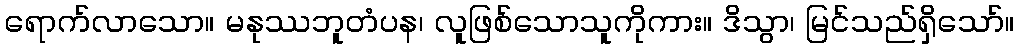
ရောက်လာသော။ မနုဿဘူတံပန၊ လူဖြစ်သောသူကိုကား။ ဒိသွာ၊ မြင်သည်ရှိသော်။